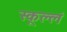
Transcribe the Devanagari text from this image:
स्कूल्लं